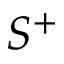
S ^ { + }